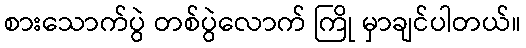
စားသောက်ပွဲ တစ်ပွဲလောက် ကြို မှာချင်ပါတယ်။